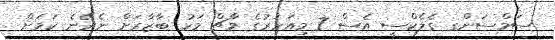
ސަމްސަންގ ގެލެކްސީ އެސް 7 މިއަހަރުގެ މާޗް މަހު ބާޒާރަށް ނެރޭނެ ކަމަށް